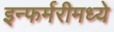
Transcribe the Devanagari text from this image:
इन्फर्मरीमध्ये